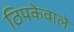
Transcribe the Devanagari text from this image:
ठिपकेवाले